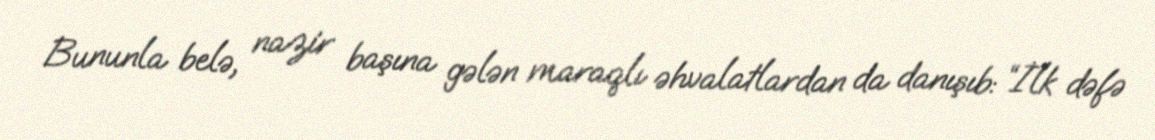
Bununla belə, nazir başına gələn maraqlı əhvalatlardan da danışıb: “İlk dəfə